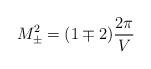
LaTeX: \begin{align*}M^2_{\pm} = (1\mp 2)\frac{2\pi}{V}\end{align*}